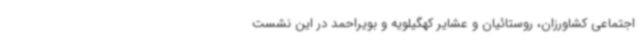
اجتماعی کشاورزان، روستائیان و عشایر کهگیلویه و بویراحمد در این نشست